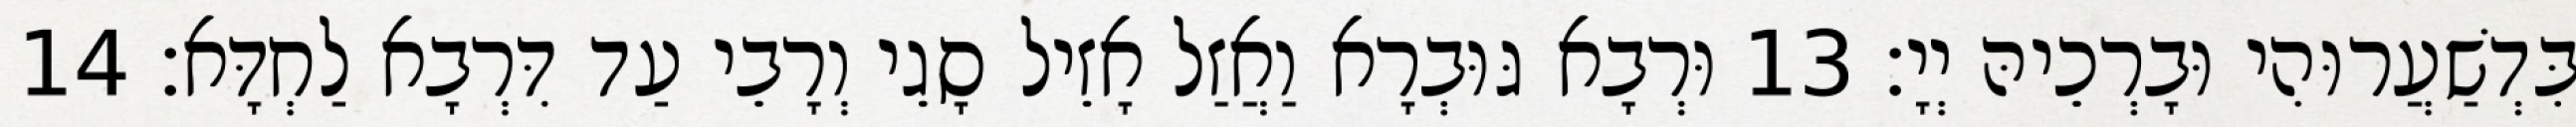
בִּדְשַׁעֲרוּהִי וּבָרְכֵיהּ יְיָ׃ 13 וּרְבָא גּוּבְרָא וַאֲזַל אָזֵיל סָגֵי וְרָבֵי עַד דִּרְבָא לַחְדָּא׃ 14